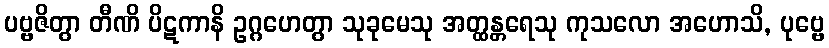
ပဗ္ဗဇိတွာ တီဏိ ပိဋကာနိ ဥဂ္ဂဟေတွာ သုခုမေသု အတ္ထန္တရေသု ကုသလော အဟောသိ, ပုဗ္ဗေ